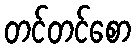
တင်တင်စော